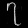
Digit: ၇